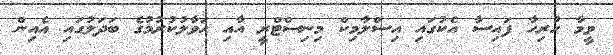
ވީމާ ހުރިހާ ފައިސާ އެކުގައި އިސްލާމިކް މިނިސްޓްރީ އާއި ޙަވާލުކުރުމުގެ ބަދަލުގައި އެއިން